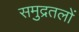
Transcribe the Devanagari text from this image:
समुद्रतलों